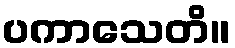
ပကာသေတိ။